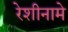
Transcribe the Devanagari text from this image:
रेशीनामे